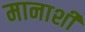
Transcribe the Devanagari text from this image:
मानाशी